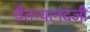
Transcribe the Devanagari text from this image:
चैतन्यानंदजी